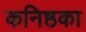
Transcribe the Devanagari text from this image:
कनिष्ठका